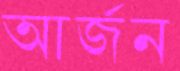
আর্জন